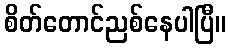
စိတ်တောင်ညစ်နေပါပြီ။